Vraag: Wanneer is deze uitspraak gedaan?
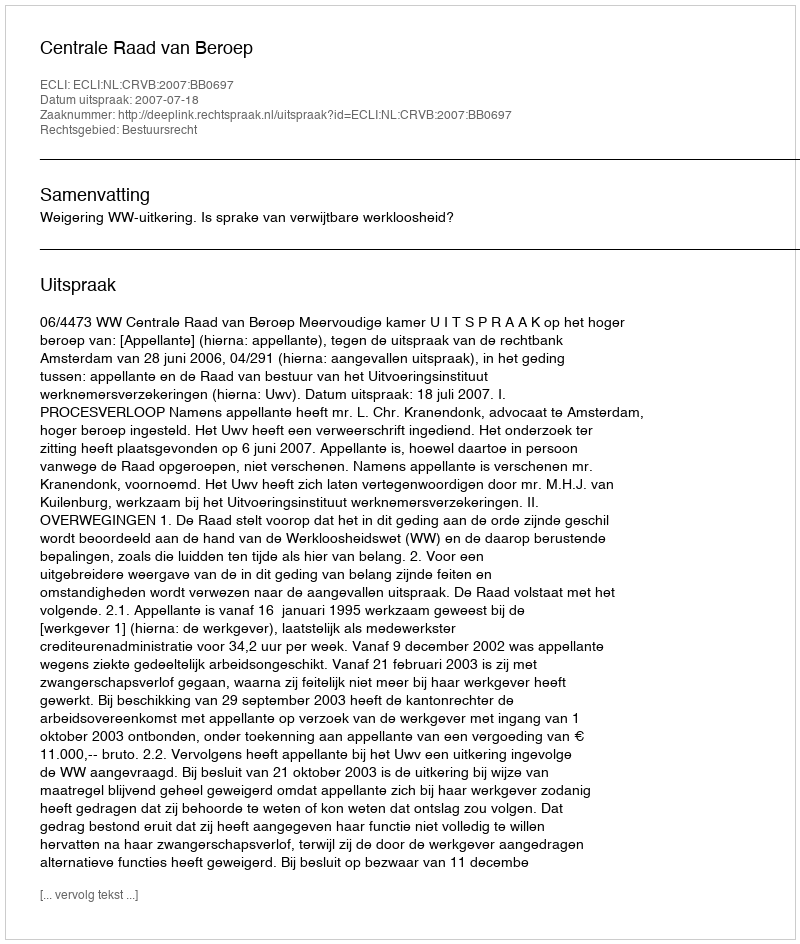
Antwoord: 2007-07-18